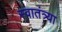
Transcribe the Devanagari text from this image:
स्वातंत्र्या